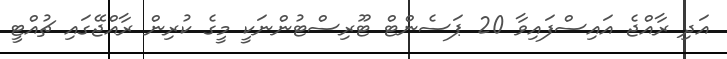
އަދި ރާއްޖެ އައިސްފައިވާ 20 ޕަސެންޓް ޓޫރިސްޓުންނަކީ މީގެ ކުރިން ރާއްޖޭގައި ޗުއްޓީ